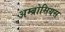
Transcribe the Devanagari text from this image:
अम्ब्रोसियस